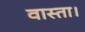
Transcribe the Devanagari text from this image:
वास्ता।